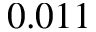
0 . 0 1 1